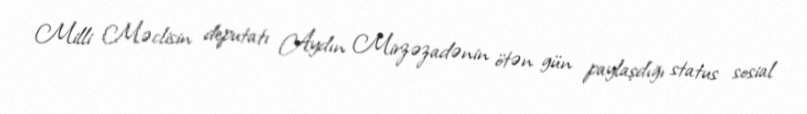
Milli Məclisin deputatı Aydın Mirzəzadənin ötən gün paylaşdığı status sosial